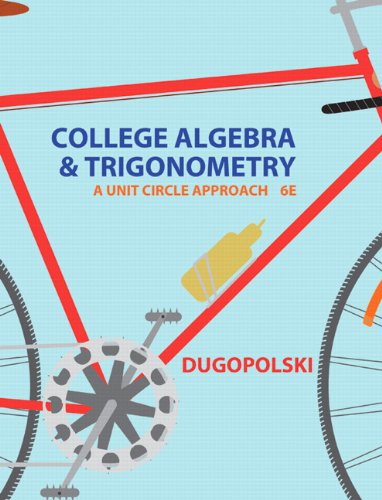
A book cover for College Algebra and Trigonometry: A Unit Circle Approach (6th Edition); Mark Dugopolski; Science & Math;